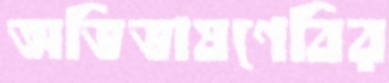
অভিভাষণেবির